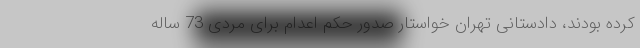
کرده بودند، دادستانی تهران خواستار صدور حکم اعدام برای مردی 73 ساله